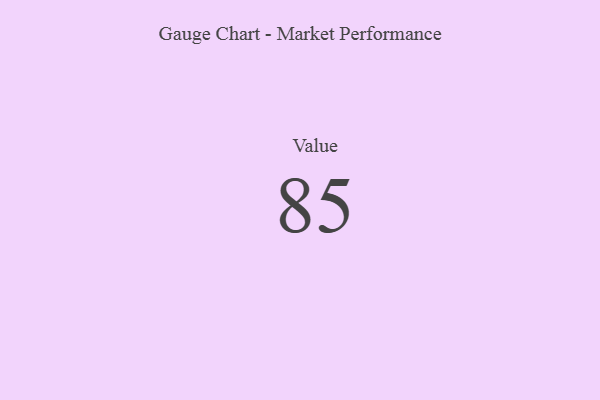
{"axis": {"x": "Metric", "y": "Value"}, "legend": [""], "data": [{"x": "Value", "y": 85, "type": ""}]}